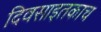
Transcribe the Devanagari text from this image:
दिवसाइतकाच